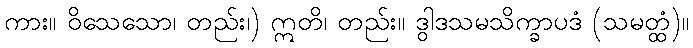
ကား။ ဝိသေသော၊ တည်း၊) ဣတိ၊ တည်း။ ဒွါဒသမသိက္ခာပဒံ (သမတ္ထံ)။